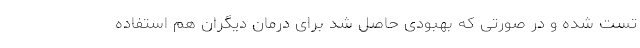
تست شده و در صورتی که بهبودی حاصل شد برای درمان دیگران هم استفاده